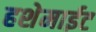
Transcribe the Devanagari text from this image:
हशेमाईट